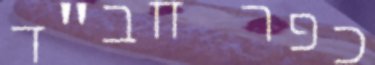
כפר חב"ד